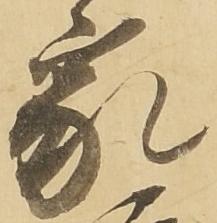
家